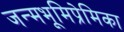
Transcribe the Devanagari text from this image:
जन्मभूमिप्रेमिका